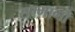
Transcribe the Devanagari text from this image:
सम्भागोँ